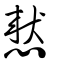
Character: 憖